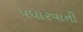
પધારવાની